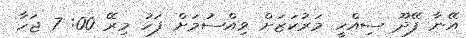
އޭނާ ފޭދޫ ސިއްހީ މަރުކަޒަށް ވިއްސުމަށް ފަހު މިރޭ 00: 7 ޖަހާ